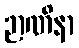
ဉာဏိနာ